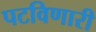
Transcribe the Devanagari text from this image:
पटविणारी